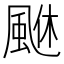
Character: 𩗆